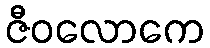
ဇီဝလောကေ